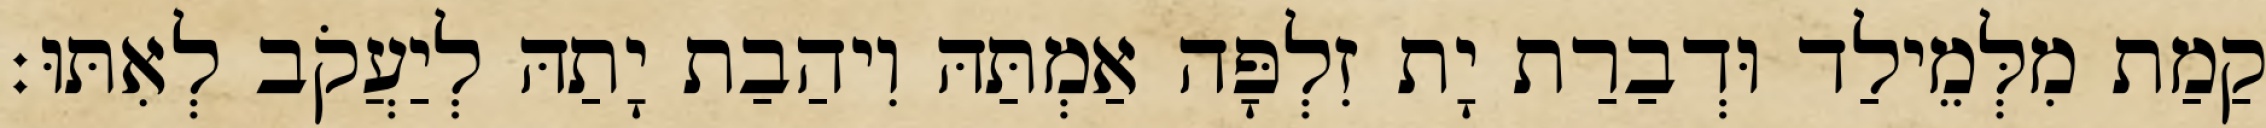
קַמַת מִלְּמֵילַד וּדְבַרַת יָת זִלְפָּה אַמְתַּהּ וִיהַבַת יָתַהּ לְיַעֲקֹב לְאִתּוּ׃